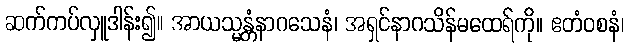
ဆက်ကပ်လှူဒါန်း၍။ အာယသ္မန္တံနာဂသေနံ၊ အရှင်နာဂသိန်မထေရ်ကို။ ဧတံဝစနံ၊